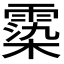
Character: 𩃵